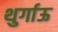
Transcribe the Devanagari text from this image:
थुर्गाऊ